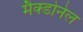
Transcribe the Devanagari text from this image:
मैक्डोनेल